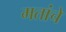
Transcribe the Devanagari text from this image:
मतांचें